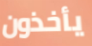
يأخذون